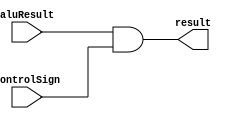
module andgate (aluResult, controlSign, result);
input aluResult, controlSign;
output reg result = 0;
always @(aluResult,controlSign)
begin
result <= aluResult & controlSign;
end
endmodule